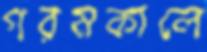
গরমকালে